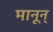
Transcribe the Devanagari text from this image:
मानून्